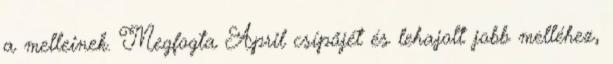
a melleinek. Megfogta April csípőjét és lehajolt jobb melléhez,